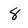
Character: 8